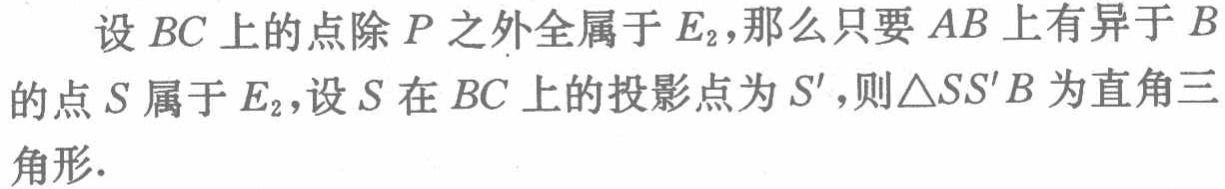
设 \(BC\) 上的点除 \(P\) 之外全属于 \(E_{2}\)，那么只要 \(AB\) 上有异于 \(B\) 的点 \(S\) 属于 \(E_{2}\)，设 \(S\) 在 \(BC\) 上的投影点为 \(S'\)，则 \(\triangle SS'B\) 为直角三角形.